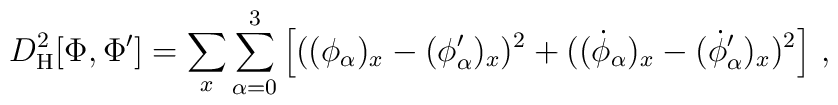
D^2_{\rm H}[\Phi,\Phi'] = \sum\limits_{x}   \sum\limits_{\alpha =0}^3   \left[ ( (\phi_\alpha)_{x} - (\phi'_\alpha)_{x} )^2   +( (\dot \phi_\alpha)_{x} - (\dot \phi'_\alpha)_{x} )^2 \right]  \,,